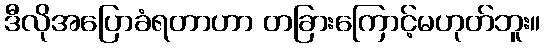
ဒီလိုအပြောခံရတာဟာ တခြားကြောင့်မဟုတ်ဘူး။